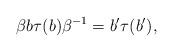
LaTeX: \begin{align*}\beta b\tau(b)\beta^{-1}=b'\tau(b'),\end{align*}